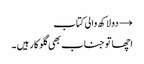
→ دو لاکھ والی کتاب
اچھا تو جناب بھی گلوکار ہیں ۔